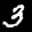
Label: 3